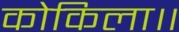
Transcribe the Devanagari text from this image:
कोकिला॥